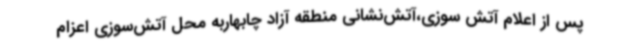
پس از اعلام آتش سوزی،آتش‌نشانی منطقه آزاد چابهاربه محل آتش‌سوزی اعزام